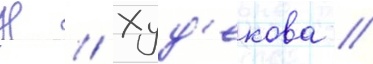
Н // Худ'екова //